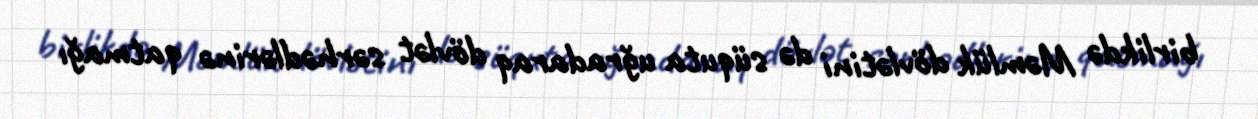
birlikdə Məmlük dövlətini də süquta uğradaraq dövlət sərhədlərinə qatmağı